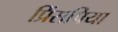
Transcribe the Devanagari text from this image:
प्रिंसपिया